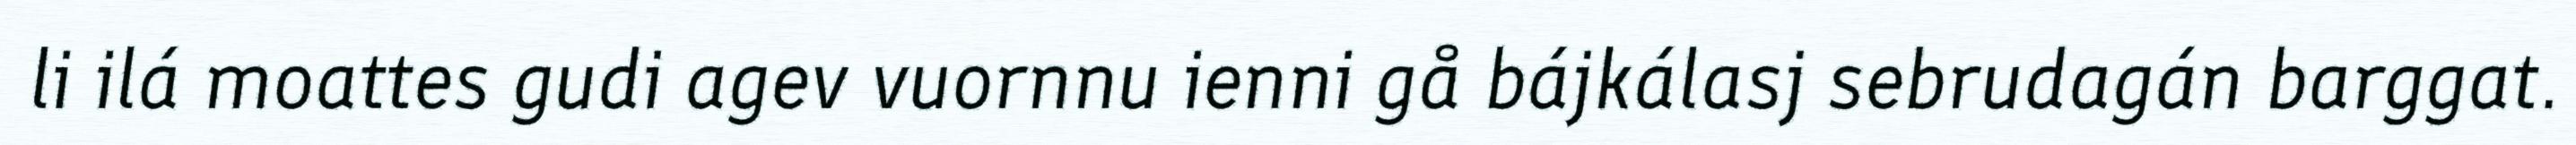
li ilá moattes gudi agev vuornnu ienni gå bájkálasj sebrudagán barggat.